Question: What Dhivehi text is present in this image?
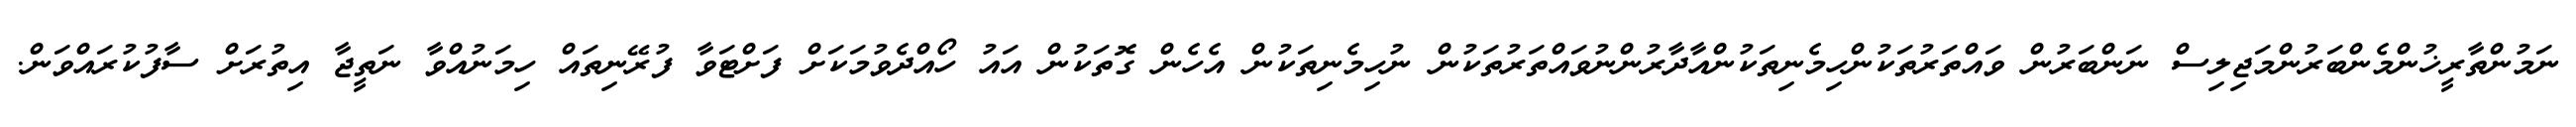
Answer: ނަމުންތާރީޚުންމެންބަރުންމަޖިލިސް ނަންބަރުން ވައްތަރުތަކުންހިމެނިތަކުންއާދާރުންނުވައްތަރުތަކުން ނުހިމެނިތަކުން އެހެން ގޮތަކުން އައު ހޯއްދެވުމަކަށް ފަށްޓަވާ ފުރޭނިތައް ހިމަނުއްވާ ނަތީޖާ އިތުރަށް ސާފުކުރައްވަން.